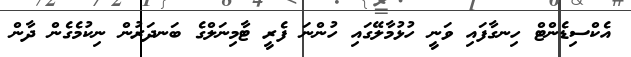
އެކްސިޑެންޓް ހިނގާފައި ވަނީ ހުޅުމާލޭގައި ހުންނަ ފެރީ ޓާމިނަލްގެ ބަނދަރުން ނިކުމެގެން ދާން